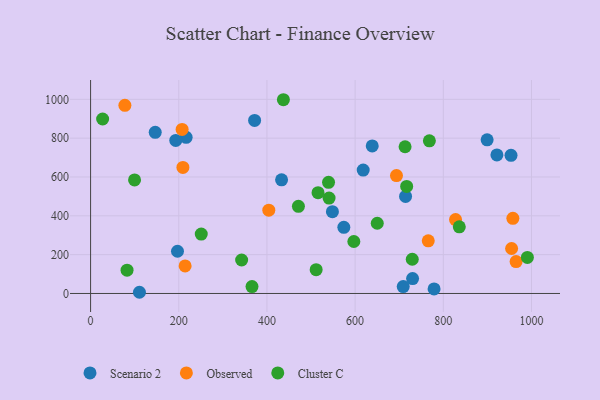
{"axis": {"x": "Experience", "y": "Profit"}, "legend": ["Cluster C", "Observed", "Scenario 2"], "data": [{"x": "899.4", "y": 791.5, "type": "Scenario 2"}, {"x": "216.7", "y": 804.3, "type": "Scenario 2"}, {"x": "433.2", "y": 585.3, "type": "Scenario 2"}, {"x": "110.8", "y": 6.2, "type": "Scenario 2"}, {"x": "193.2", "y": 788.2, "type": "Scenario 2"}, {"x": "953.6", "y": 711.4, "type": "Scenario 2"}, {"x": "548.5", "y": 421.3, "type": "Scenario 2"}, {"x": "714.4", "y": 499.7, "type": "Scenario 2"}, {"x": "779.1", "y": 23.6, "type": "Scenario 2"}, {"x": "146.6", "y": 830.2, "type": "Scenario 2"}, {"x": "638.8", "y": 759.9, "type": "Scenario 2"}, {"x": "372.0", "y": 891.5, "type": "Scenario 2"}, {"x": "574.4", "y": 340.8, "type": "Scenario 2"}, {"x": "921.6", "y": 713.5, "type": "Scenario 2"}, {"x": "730.3", "y": 76.8, "type": "Scenario 2"}, {"x": "709.1", "y": 35.7, "type": "Scenario 2"}, {"x": "618.3", "y": 635.4, "type": "Scenario 2"}, {"x": "197.1", "y": 217.6, "type": "Scenario 2"}, {"x": "404.2", "y": 429.0, "type": "Observed"}, {"x": "765.9", "y": 271.0, "type": "Observed"}, {"x": "957.8", "y": 387.2, "type": "Observed"}, {"x": "954.9", "y": 231.8, "type": "Observed"}, {"x": "693.8", "y": 607.3, "type": "Observed"}, {"x": "965.1", "y": 164.5, "type": "Observed"}, {"x": "207.6", "y": 844.8, "type": "Observed"}, {"x": "214.4", "y": 142.1, "type": "Observed"}, {"x": "827.8", "y": 380.7, "type": "Observed"}, {"x": "209.4", "y": 649.1, "type": "Observed"}, {"x": "77.8", "y": 968.9, "type": "Observed"}, {"x": "539.7", "y": 572.3, "type": "Cluster C"}, {"x": "836.3", "y": 343.3, "type": "Cluster C"}, {"x": "990.7", "y": 185.8, "type": "Cluster C"}, {"x": "768.4", "y": 786.4, "type": "Cluster C"}, {"x": "366.1", "y": 35.4, "type": "Cluster C"}, {"x": "27.3", "y": 898.6, "type": "Cluster C"}, {"x": "540.9", "y": 491.6, "type": "Cluster C"}, {"x": "729.6", "y": 176.4, "type": "Cluster C"}, {"x": "342.6", "y": 172.4, "type": "Cluster C"}, {"x": "650.2", "y": 361.8, "type": "Cluster C"}, {"x": "511.6", "y": 122.7, "type": "Cluster C"}, {"x": "515.9", "y": 519.4, "type": "Cluster C"}, {"x": "716.9", "y": 551.2, "type": "Cluster C"}, {"x": "82.7", "y": 119.9, "type": "Cluster C"}, {"x": "597.1", "y": 267.7, "type": "Cluster C"}, {"x": "251.0", "y": 306.1, "type": "Cluster C"}, {"x": "437.3", "y": 998.0, "type": "Cluster C"}, {"x": "99.7", "y": 584.7, "type": "Cluster C"}, {"x": "471.4", "y": 449.1, "type": "Cluster C"}, {"x": "713.3", "y": 755.8, "type": "Cluster C"}]}